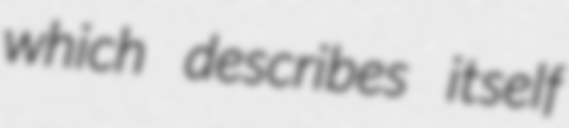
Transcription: which describes itself